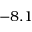
- 8 . 1